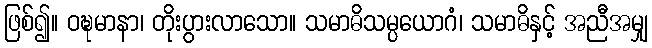
ဖြစ်၍။ ဝဍ္ဎမာနာ၊ တိုးပွားလာသော။ သမာဓိသမ္ပယောဂံ၊ သမာဓိနှင့် အညီအမျှ